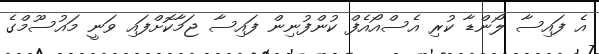
އެ ފައިސާ ލޯންޑާ ކުރި އެސްއޯއެފް ކުންފުނިން ފައިސާ ޖަމާކޮށްފައި ވަނީ މައުސޫމްގެ